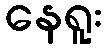
နေရူး